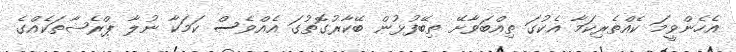
އެހެންވީމަ ކެއްތެރިކަމާ އެކުގަ ތިއްބަވާށޭ ތިބޭފުޅުން ބޭކާރުގޮތުގަ އެއްވެސް ކަމަކާ ނުލާ ޕްރެޝާތަކެއްގެ